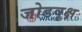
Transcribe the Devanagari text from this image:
जोडवृक्ष